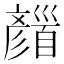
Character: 𩠪